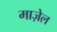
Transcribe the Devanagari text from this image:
माज़ेल